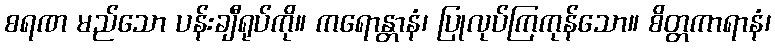
စရဏ မည်သော ပန်းချီရုပ်ကို။ ကရောန္တာနံ၊ ပြုလုပ်ကြကုန်သော။ စိတ္တကာရာနံ၊